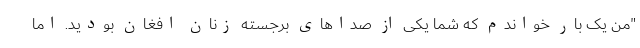
"من یک بار خواندم که شما یکی از صداهای برجسته زنان افغان بودید. اما